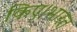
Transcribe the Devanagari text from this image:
किए।भारत